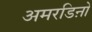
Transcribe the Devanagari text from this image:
अमरडिऩो